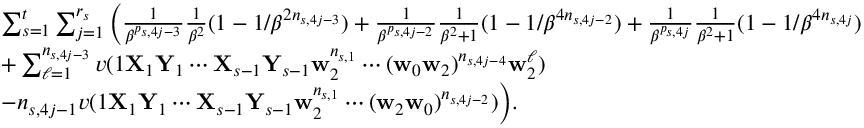
\begin{array} { r l } & { \sum _ { s = 1 } ^ { t } \sum _ { j = 1 } ^ { r _ { s } } \bigg ( \frac 1 { \beta ^ { p _ { s , 4 j - 3 } } } \frac 1 { \beta ^ { 2 } } ( 1 - 1 / \beta ^ { 2 n _ { s , 4 j - 3 } } ) + \frac 1 { \beta ^ { p _ { s , 4 j - 2 } } } \frac 1 { \beta ^ { 2 } + 1 } ( 1 - 1 / \beta ^ { 4 n _ { s , 4 j - 2 } } ) + \frac 1 { \beta ^ { p _ { s , 4 j } } } \frac 1 { \beta ^ { 2 } + 1 } ( 1 - 1 / \beta ^ { 4 n _ { s , 4 j } } ) } \\ & { + \sum _ { \ell = 1 } ^ { n _ { s , 4 j - 3 } } v ( 1 \mathbf X _ { 1 } \mathbf Y _ { 1 } \cdots \mathbf X _ { s - 1 } \mathbf Y _ { s - 1 } \mathbf w _ { 2 } ^ { n _ { s , 1 } } \cdots ( \mathbf w _ { 0 } \mathbf w _ { 2 } ) ^ { n _ { s , 4 j - 4 } } \mathbf w _ { 2 } ^ { \ell } ) } \\ & { - n _ { s , 4 j - 1 } v ( 1 \mathbf X _ { 1 } \mathbf Y _ { 1 } \cdots \mathbf X _ { s - 1 } \mathbf Y _ { s - 1 } \mathbf w _ { 2 } ^ { n _ { s , 1 } } \cdots ( \mathbf w _ { 2 } \mathbf w _ { 0 } ) ^ { n _ { s , 4 j - 2 } } ) \bigg ) . } \end{array}